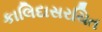
કાલિદાસરચિત